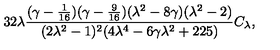
3 2 \lambda { \frac { ( \gamma - { \frac { 1 } { 1 6 } } ) ( \gamma - { \frac { 9 } { 1 6 } } ) ( \lambda ^ { 2 } - 8 \gamma ) ( \lambda ^ { 2 } - 2 ) } { ( 2 \lambda ^ { 2 } - 1 ) ^ { 2 } ( 4 \lambda ^ { 4 } - 6 \gamma \lambda ^ { 2 } + 2 2 5 ) } } C _ { \lambda } ,